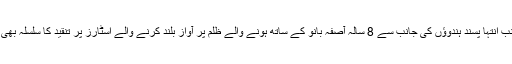
دوسری جانب انتہا پسند ہندوؤں کی جانب سے 8 سالہ آصفہ بانو کے ساتھ ہونے والے ظلم پر آواز بلند کرنے والے اسٹارز پر تنقید کا سلسلہ بھی جاری ہے۔